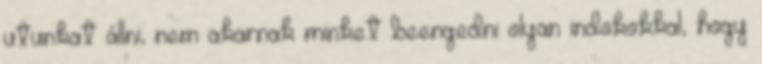
utunkat állni, nem akarnak minket beengedni olyan indokokkal, hogy